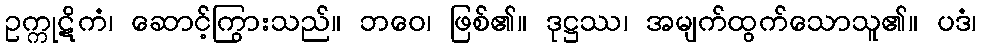
ဥက္ကုဋိကံ၊ ဆောင့်ကြွားသည်။ ဘဝေ၊ ဖြစ်၏။ ဒုဋ္ဌဿ၊ အမျက်ထွက်သောသူ၏။ ပဒံ၊